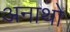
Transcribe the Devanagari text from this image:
अनाथो